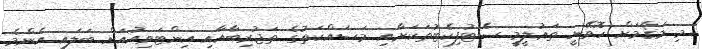
މި މަޤާމަށް ހޮވޭނީ ތަޢުލީމީ ސެޓުފިކެޓުތަކަށާއި މަސައްކަތުގެ ތަޖުރިބާއާއި އިންޓަވިއުއަށް ބަލައިި އެންމެ